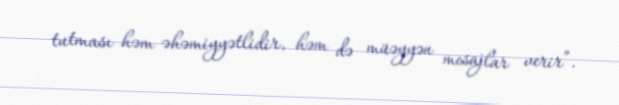
tutması həm əhəmiyyətlidir, həm də müəyyən mesajlar verir”.